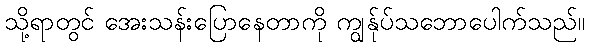
သို့ရာတွင် အေးသန်းပြောနေတာကို ကျွန်ုပ်သဘောပေါက်သည်။